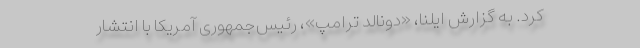
کرد. به گزارش ایلنا، «دونالد ترامپ»، رئیس‌جمهوری آمریکا با انتشار